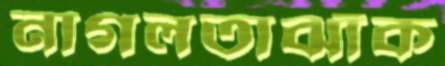
নাগলতাঝাঁক